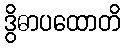
ဒွိဓာပထောတိ